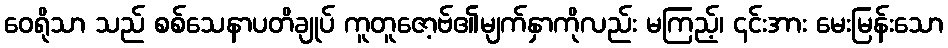
ဝေရိုသာ သည် စစ်သေနာပတိချုပ် ကူတူဇော့ဗ်၏မျက်နှာကိုလည်း မကြည့်၊ ၎င်းအား မေးမြန်းသော